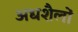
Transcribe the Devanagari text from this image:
अधशैलों